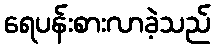
ရေပန်းစားလာခဲ့သည်